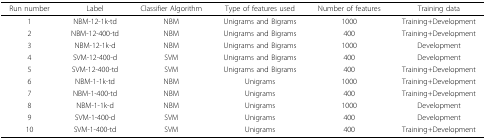
| Run number | Label | Classifier Algorithm | Type of features used | Number of features | Training data |
 | --- | --- | --- | --- | --- | --- |
 | 1 | NBM-12-1k-td | NBM | Unigrams and Bigrams | 1000 | Training+Development |
 | 2 | NBM-12-400-td | NBM | Unigrams and Bigrams | 400 | Training+Development |
 | 3 | NBM-12-1k-d | NBM | Unigrams and Bigrams | 1000 | Development |
 | 4 | SVM-12-400-d | SVM | Unigrams and Bigrams | 400 | Development |
 | 5 | SVM-12-400-td | SVM | Unigrams and Bigrams | 400 | Training+Development |
 | 6 | NBM-1-1k-td | NBM | Unigrams | 1000 | Training+Development |
 | 7 | NBM-1-400-td | NBM | Unigrams | 400 | Training+Development |
 | 8 | NBM-1-1k-d | NBM | Unigrams | 1000 | Development |
 | 9 | SVM-1-400-d | SVM | Unigrams | 400 | Development |
 | 10 | SVM-1-400-td | SVM | Unigrams | 400 | Training+Development |